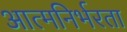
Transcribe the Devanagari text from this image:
आत्‍मनिर्भरता